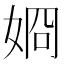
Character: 𡝆